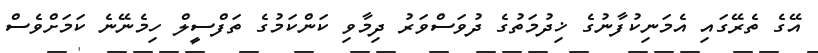
އޭގެ ތެރޭގައި އެމަނިކުފާނުގެ ޚިދުމަތުގެ ދުވަސްވަރު ދިމާވި ކަންކަމުގެ ތަފްސީލް ހިމެނޭނެ ކަމަށްވެސް